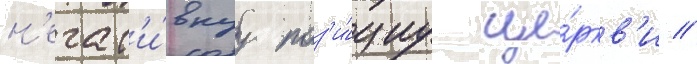
н'егат'и́внуу поз'и́циу це́ркв'и //